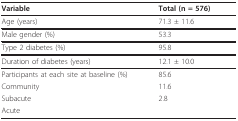
| Variable | Total (n = 576) |
 | --- | --- |
 | Age (years) | 71.3 ± 11.6 |
 | Male gender (%) | 53.3 |
 | Type 2 diabetes (%) | 95.8 |
 | Duration of diabetes (years) | 12.1 ± 10.0 |
 | Participants at each site at baseline (%) | 85.6 |
 | Community | 11.6 |
 | Subacute | 2.8 |
 | Acute |  |